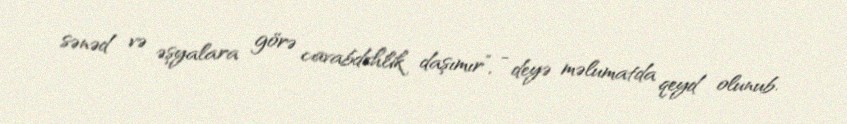
sənəd və əşyalara görə cavabdehlik daşımır”, - deyə məlumatda qeyd olunub.